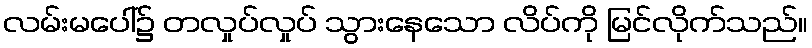
လမ်းမပေါ်၌ တလှုပ်လှုပ် သွားနေသော လိပ်ကို မြင်လိုက်သည်။